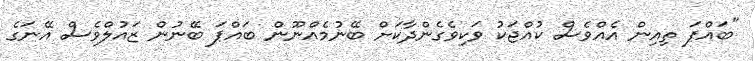
"ބައްޕަ ތިއިން އެއްވެސް ކުއްޖަކު ވަކިވެގެންދާކަށް ބޭނުމެއްނޫން ބައްޕަ ބޭނުން ޒައުލްވެސް އޭނަގެ